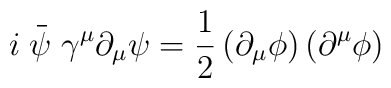
i\stackrel{\_}{\psi }\gamma ^{\mu }\partial _{\mu }\psi =\frac{1}{2}\left(\partial _{\mu }\phi \right) \left( \partial ^{\mu }\phi \right)